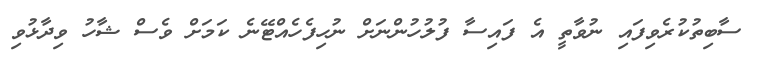
ސާބިތުކުރެވިފައި ނުވާތީ އެ ފައިސާ ފުލުހުންނަށް ނުހިފެހެއްޓޭނެ ކަމަށް ވެސް ޝާހު ވިދާޅުވި